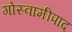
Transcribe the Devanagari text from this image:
गोस्वामीपाद